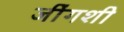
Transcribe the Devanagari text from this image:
जींगशी